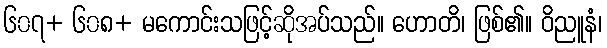
၆၀၇+ ၆၀၈+ မကောင်းသဖြင့်ဆိုအပ်သည်။ ဟောတိ၊ ဖြစ်၏။ ဝိညူနံ၊